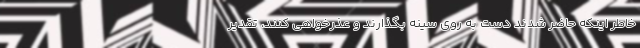
خاطر اینکه حاضر شدند دست به روی سینه بگذارند و عذرخواهی کنند، تقدیر